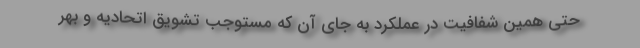
حتی همین شفافیت در عملکرد به جای آن که مستوجب تشویق اتحادیه و بهر